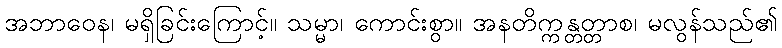
အဘာဝေန၊ မရှိခြင်းကြောင့်။ သမ္မာ၊ ကောင်းစွာ။ အနတိက္ကန္တတ္တာစ၊ မလွန်သည်၏